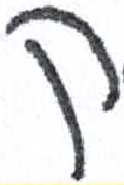
אות: ק